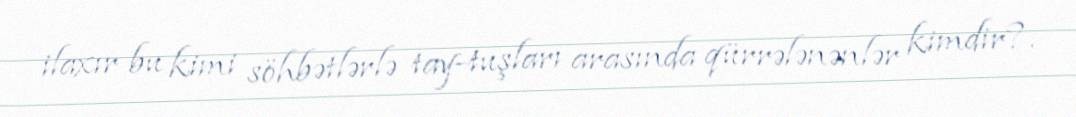
ilaxır bu kimi söhbətlərlə tay-tuşları arasında qürrələnənlər kimdir?.